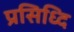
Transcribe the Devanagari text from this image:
प्रसिध्दि